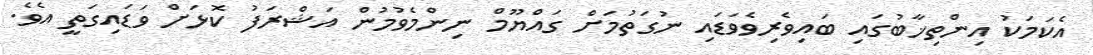
އެކަމަކު އިންތިޚާބުގައި ބައިވެރިވެވަޑައި ނުގަތުމަށް ގައްޔޫމް ނިންމެވުމުން އަޝްރަފު ކޮޅަށް ވަޑައިގަތީ އެވެ.